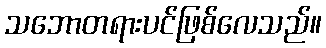
သဘောတရားပင်ဖြစ်လေသည်။